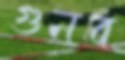
গুনব